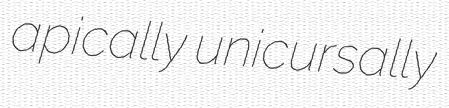
apically unicursally